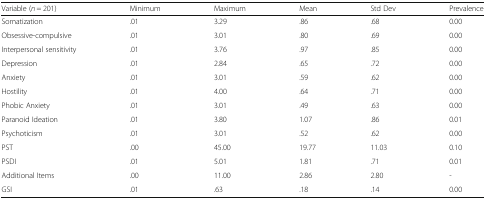
| Variable (n = 201) | Minimum | Maximum | Mean | Std Dev | Prevalence |
 | --- | --- | --- | --- | --- | --- |
 | Somatization | .01 | 3.29 | .86 | .68 | 0.00 |
 | Obsessive-compulsive | .01 | 3.01 | .80 | .69 | 0.00 |
 | Interpersonal sensitivity | .01 | 3.76 | .97 | .85 | 0.00 |
 | Depression | .01 | 2.84 | .65 | .72 | 0.00 |
 | Anxiety | .01 | 3.01 | .59 | .62 | 0.00 |
 | Hostility | .01 | 4.00 | .64 | .71 | 0.00 |
 | Phobic Anxiety | .01 | 3.01 | .49 | .63 | 0.00 |
 | Paranoid Ideation | .01 | 3.80 | 1.07 | .86 | 0.01 |
 | Psychoticism | .01 | 3.01 | .52 | .62 | 0.00 |
 | PST | .00 | 45.00 | 19.77 | 11.03 | 0.10 |
 | PSDI | .01 | 5.01 | 1.81 | .71 | 0.01 |
 | Additional Items | .00 | 11.00 | 2.86 | 2.80 | - |
 | GSI | .01 | .63 | .18 | .14 | 0.00 |